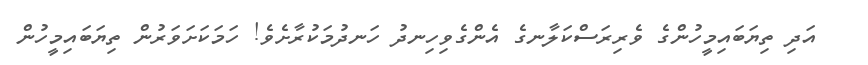
އަދި ތިޔަބައިމީހުންގެ ވެރިރަސްކަލާނގެ އެންގެވިހިނދު ހަނދުމަކުރާށެވެ! ހަމަކަށަވަރުން ތިޔަބައިމީހުން